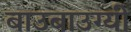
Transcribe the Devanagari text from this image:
बाउबाउग्यी